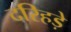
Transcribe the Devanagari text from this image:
दरिहड़े